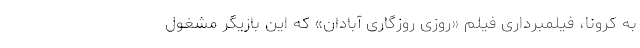
به کرونا، فیلمبرداری فیلم «روزی روزگاری آبادان» که این بازیگر مشغول